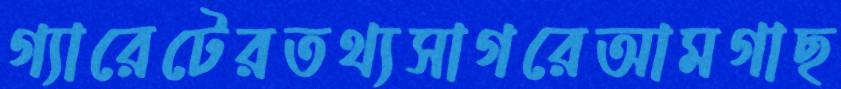
গ্যারেটেরতথ্যসাগরেআমগাছ